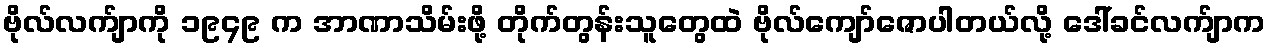
ဗိုလ်လက်ျာကို ၁၉၄၉ က အာဏာသိမ်းဖို့ တိုက်တွန်းသူတွေထဲ ဗိုလ်ကျော်ဇောပါတယ်လို့ ဒေါ်ခင်လက်ျာက